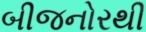
બીજનોરથી